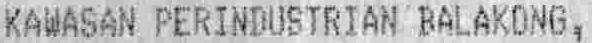
KAWASAN PERINDUSTRIAN BALAKONG,